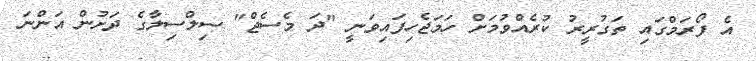
އެ ފޯރަމްގައި ތަގުރީރު ކުރެއްވުމަށް ހަމަޖެހިފައިވަނީ "ދަ މެސެޖް" ސިލްސިލާގެ ދަށުން އަންނަ